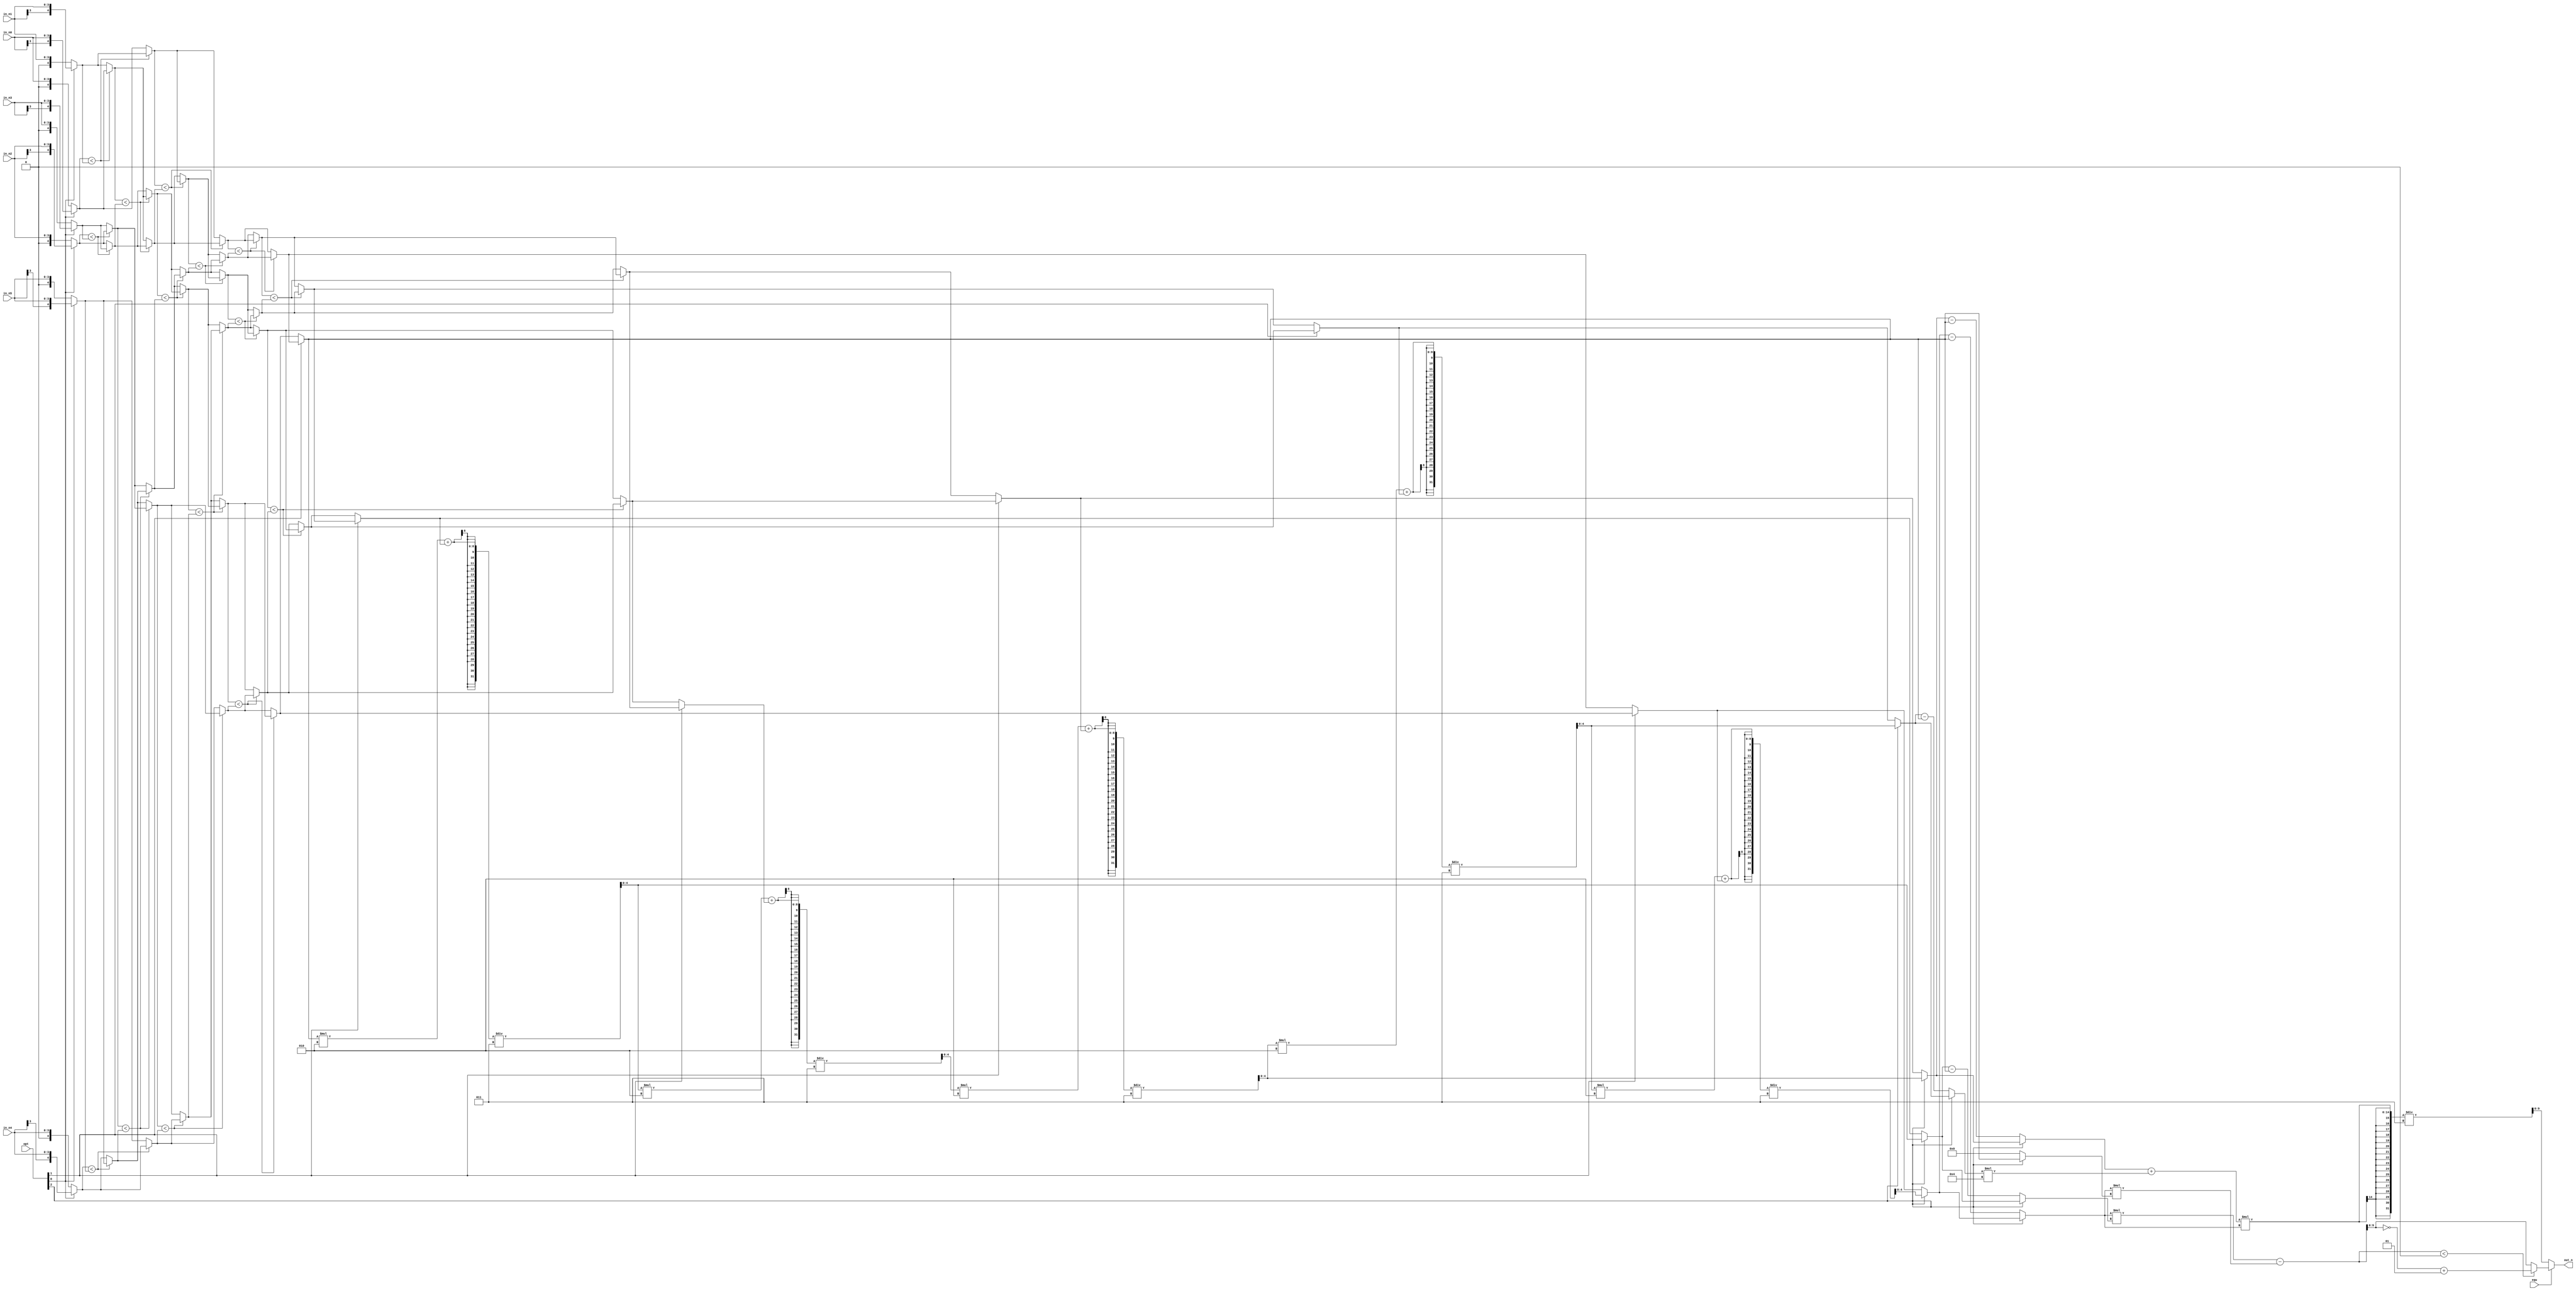
module CC(
	in_n0,
	in_n1, 
	in_n2, 
	in_n3, 
    in_n4, 
	in_n5, 
	opt,
    equ,
	out_n
);
input [3:0]in_n0;
input [3:0]in_n1;
input [3:0]in_n2;
input [3:0]in_n3;
input [3:0]in_n4;
input [3:0]in_n5;
input [2:0] opt;
input equ;
output [9:0] out_n;
//==================================================================
// reg & wire
//==================================================================

reg signed [4:0] n [0:5];
reg signed [4:0] n1 [0:5];
reg signed [4:0] n2 [0:5];
reg signed [4:0] n3 [0:5];
reg signed [4:0] temp;
reg signed [4:0] temp1;
reg signed [4:0] temp2;
reg signed [4:0] temp3;

integer  i, j;
reg signed [10:0] cal;
reg [9:0] out;

always @(*) begin
	if(opt[0]) begin
		n[0] = {in_n0[3], in_n0};
		n[1] = {in_n1[3], in_n1};
		n[2] = {in_n2[3], in_n2};
		n[3] = {in_n3[3], in_n3};
		n[4] = {in_n4[3], in_n4};
		n[5] = {in_n5[3], in_n5};
	end
	else begin
		n[0] = {1'b0, in_n0};
		n[1] = {1'b0, in_n1};
		n[2] = {1'b0, in_n2};
		n[3] = {1'b0, in_n3};
		n[4] = {1'b0, in_n4};
		n[5] = {1'b0, in_n5};
	end
	
	n1[0] = n[0];
	n1[1] = n[1];
	n1[2] = n[2];
	n1[3] = n[3];
	n1[4] = n[4];
	n1[5] = n[5];
	
	for(i = 0; i < 3; i = i + 1) begin
		for(j = 0; j < 5; j = j + 2) begin
			if(n1[j] < n1[j+1]) begin
				temp = n1[j];
				n1[j] = n1[j+1];
				n1[j+1] = temp;
			end
		end
		for(j = 1; j < 5; j = j + 2) begin
			if(n1[j] < n1[j+1]) begin
				temp = n1[j];
				n1[j] = n1[j+1];
				n1[j+1] = temp;
			end
		end
	end
	
	if(!opt[1]) begin
		temp1 = n1[5];
		n1[5] = n1[0];
		n1[0] = temp1;
		
		temp2 = n1[4];
		n1[4] = n1[1];
		n1[1] = temp2;
		
		temp3 = n1[3];
		n1[3] = n1[2];
		n1[2] = temp3;
	end
	
	n2[0] = n1[0];
	n2[1] = n1[1];
	n2[2] = n1[2];
	n2[3] = n1[3];
	n2[4] = n1[4];
	n2[5] = n1[5];
	
	if(opt[2]) begin
		n2[0] = n2[0];
		n2[1] = (n2[0]*2 + n2[1]) / 3;
		n2[2] = (n2[1]*2 + n2[2]) / 3;
		n2[3] = (n2[2]*2 + n2[3]) / 3;
		n2[4] = (n2[3]*2 + n2[4]) / 3;
		n2[5] = (n2[4]*2 + n2[5]) / 3;
	end
	
	if(!opt[2]) begin
		n2[1] = n2[1] - n2[0];
		n2[2] = n2[2] - n2[0];
		n2[3] = n2[3] - n2[0];
		n2[4] = n2[4] - n2[0];
		n2[5] = n2[5] - n2[0];
		n2[0] = 0;
	end
	
	if(!equ) begin
		out = ((n2[3] + n2[4]*4) * n2[5]) / 3;
	end
	else begin
		cal = (n2[5] * n2[1]) - (n2[5] * n2[0]);
			
		if(cal < 0)
			out = ~cal + 1;
		else
			out = cal;
	end
end

assign out_n = out;

endmodule